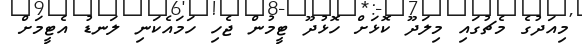
މިއަދުގެ މެޗުގައި މިލަދޫ ކޮޅަށް ހޮޅުދޫ ޓީމުން ޖެހި ހަމައެކަނި ލަނޑު އެޓީމަށް